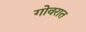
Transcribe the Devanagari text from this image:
गोवरात